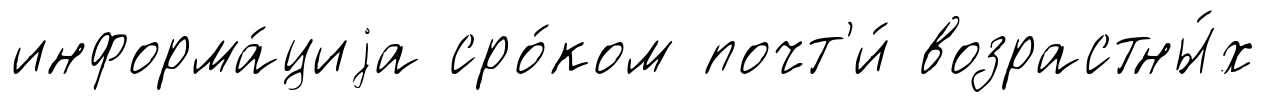
информа́циjа сро́ком почт'и́ возрастны́х